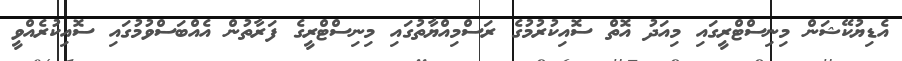
އެޑިޔުކޭޝަން މިނިސްޓްރީގައި މިއަދު އޮތް ސޮއިކުރުމުގެ ރަސްމިއްޔާތުގައި މިނިސްޓްރީގެ ފަރާތުން އެއްބަސްވުމުގައި ސޮއިކުރެއްވީ